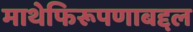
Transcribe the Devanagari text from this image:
माथेफिरूपणाबद्दल